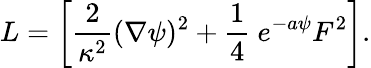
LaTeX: L=\left[{\frac{2}{\kappa^{2}}}(\nabla\psi)^{2}+{\frac{1}{4}}\ e^{-a\psi}F^{2}\right].